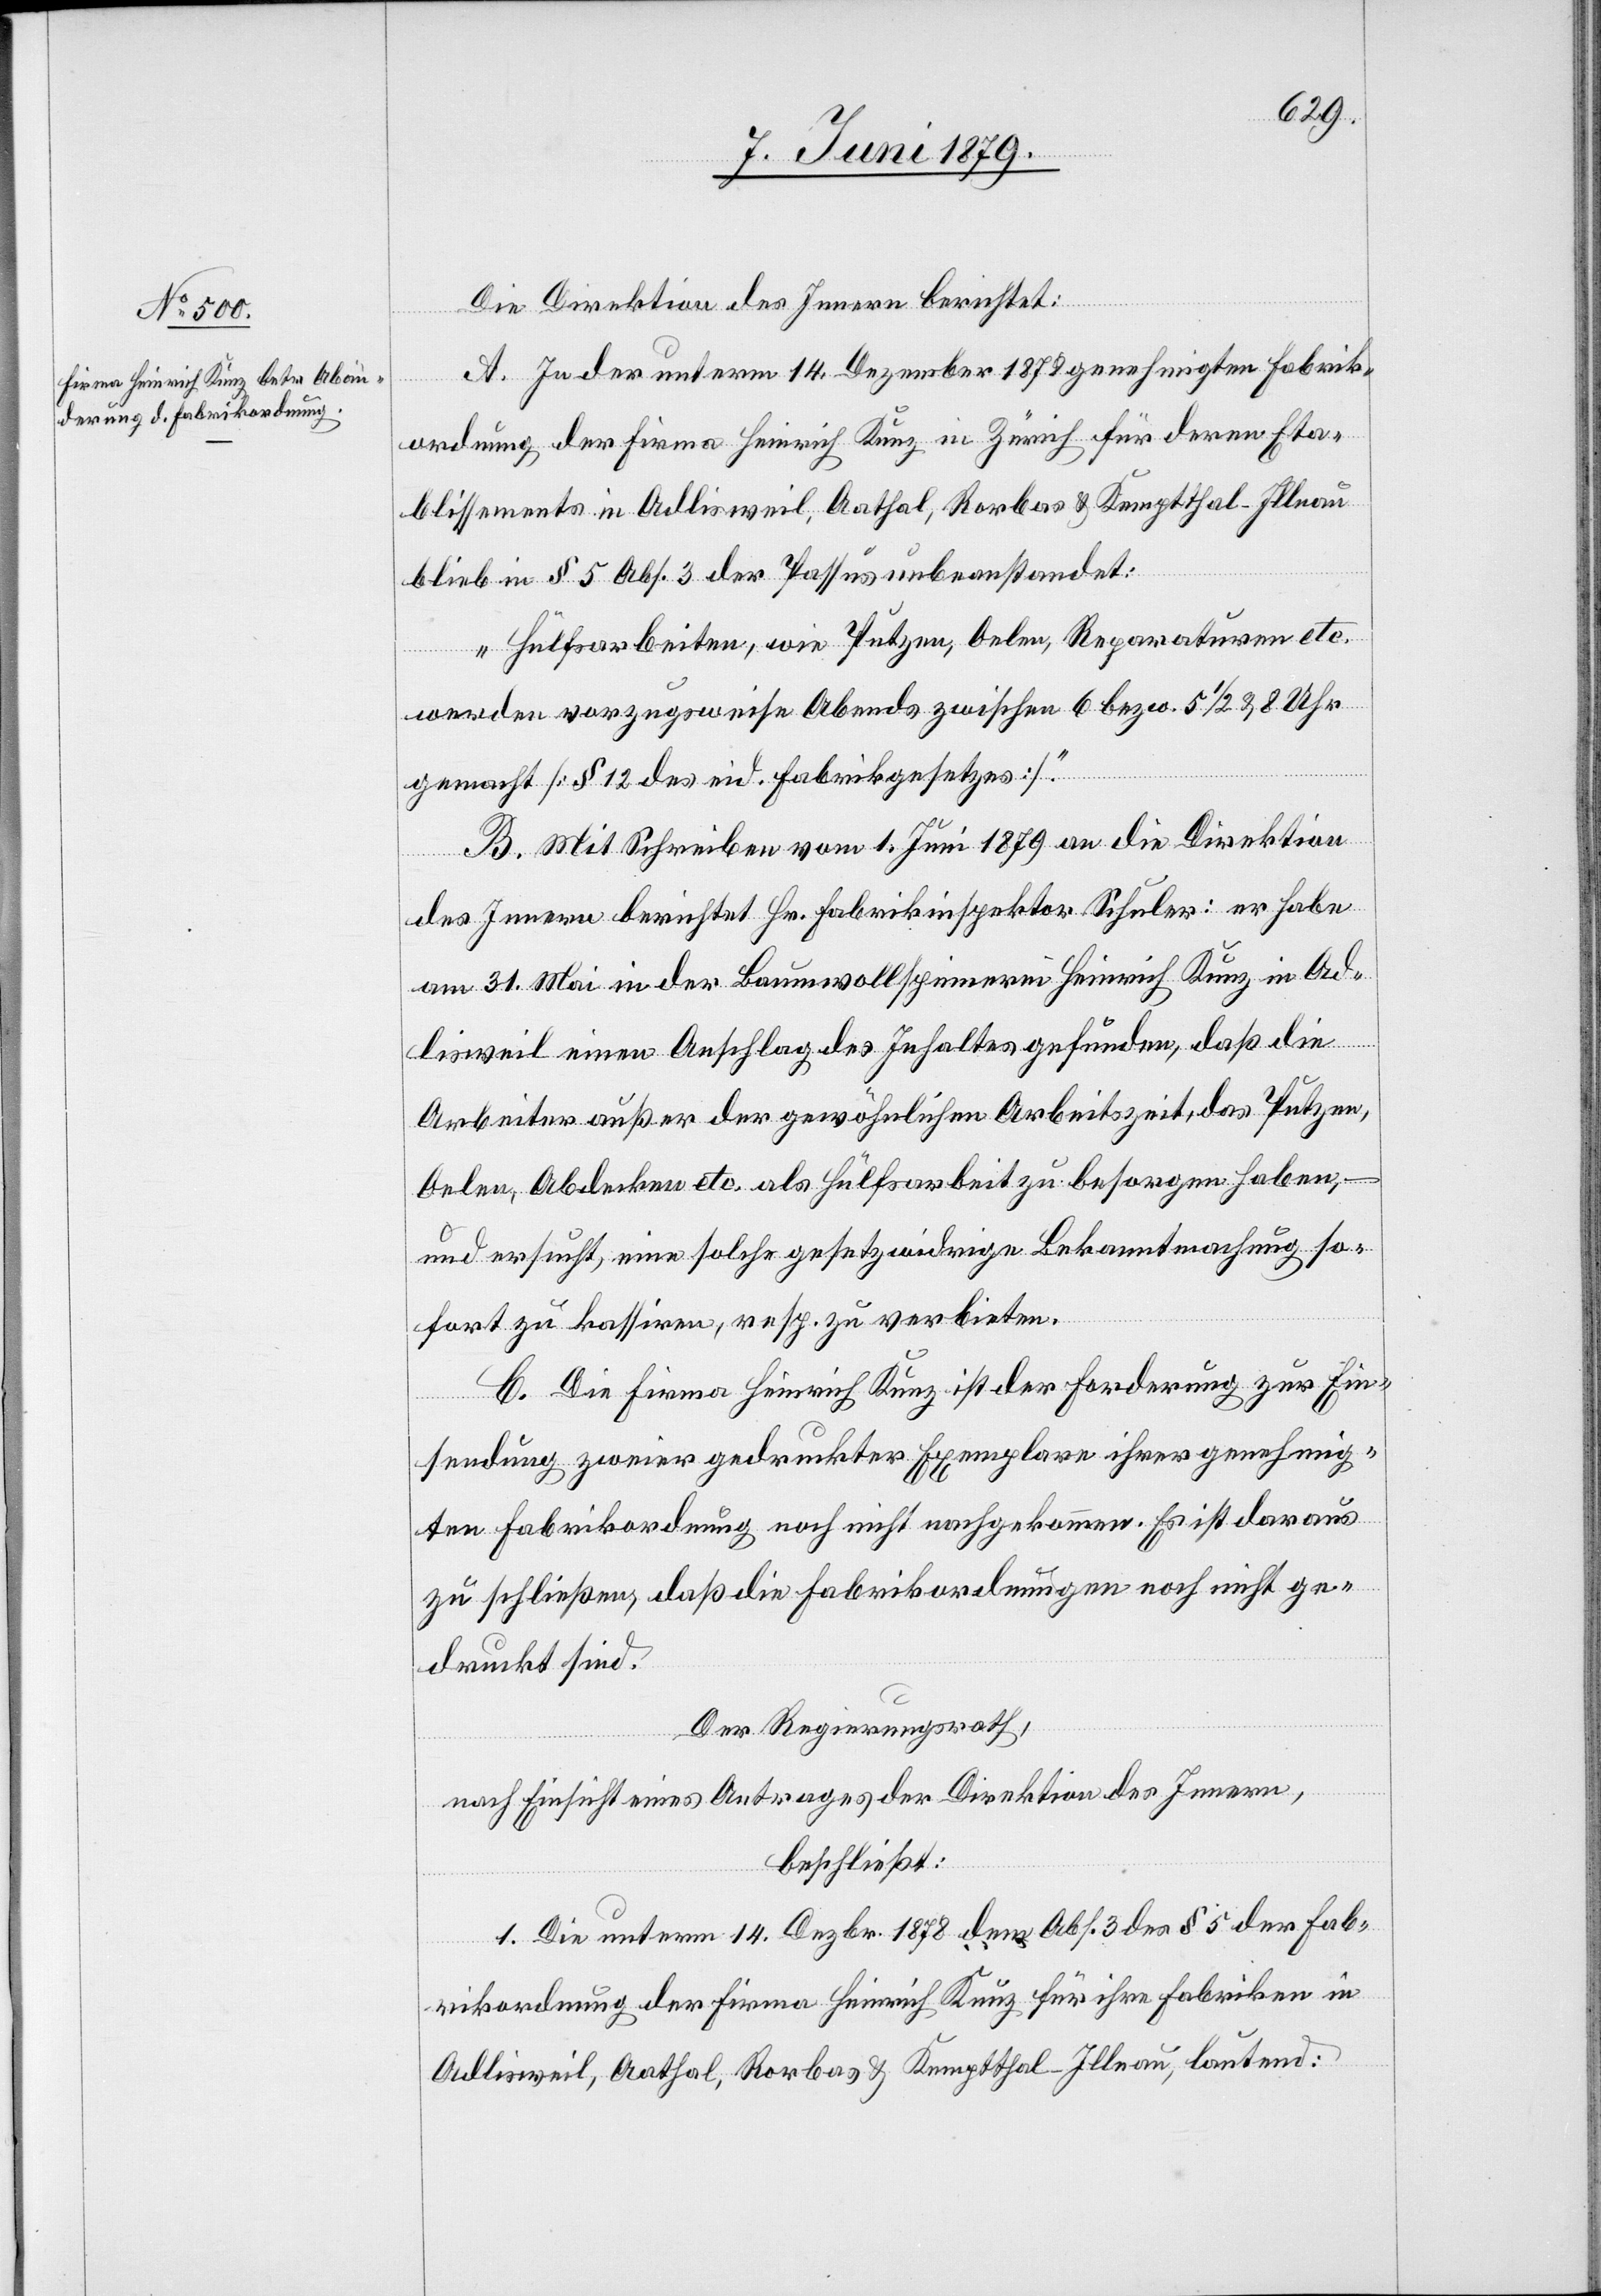
Die Direktion des Innern berichtet:
A. In der unterm 14. Dezember 1878 genehmigten Fabrik¬
ordnung der Firma Heinrich Kunz in Zürich für deren Eta¬
blissements in Adlisweil, Aathal, Rorbas & Kemptthal - Illnau
blieb in § 5 Abs. 3 der Passus unbeanstandet:
„Hülfsarbeiten, wie Putzen, Oelen, Reparaturen etc.
werden vorzugsweise Abends zwischen 6 bezw. 5 1/2 & 8 Uhr
gemacht [§ 12 des eid. Fabrikgesetzes].“
B. Mit Schreiben vom 1. Juni 1879 an die Direktion
des Innern berichtet Hr. Fabrikinspektor Schuler: er habe
am 31. Mai in der Baumwollspinnerei Heinrich Kunz in Ad¬
lisweil einen Anschlag des Inhaltes gefunden, daß die
Arbeiter außer der gewöhnlichen Arbeitszeit, das Putzen,
Oelen, Abdecken etc. als Hülfsarbeit zu besorgen haben, –
und ersucht, eine solche gesetzwidrige Bekanntmachung so¬
fort zu kassiren, resp. zu verbieten.
C. Die Firma Heinrich Kunz ist der Forderung zur Ein¬
sendung zweier gedruckter Exemplare ihrer genehmig¬
ten Fabrikordnung noch nicht nachgekommen. Es ist daraus
zu schließen, daß die Fabrikordnungen noch nicht ge¬
druckt sind.
Der Regierungsrath,
nach Einsicht eines Antrages der Direktion des Innern,
beschließt:
1. Die unterm 14. Dezbr. 1878 dem Abs. 3 des § 5 der Fab¬
rikordnung der Firma Heinrich Kunz für ihre Fabriken in
Adlisweil, Aathal, Rorbas & Kemptthal - Illnau, lautend: